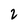
Character: 2